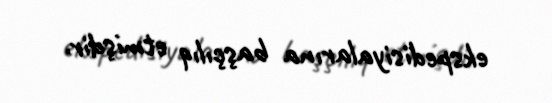
ekspedisiyalarına başçılıq etmişdir.